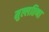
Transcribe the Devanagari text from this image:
मुल्लतिणा